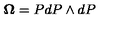
{ \bf \Omega } = P d P \wedge d P